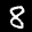
Digit: 8